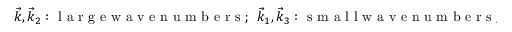
\vec { k } , \vec { k } _ { 2 } : \mathrm { ~ l ~ a ~ r ~ g ~ e ~ w ~ a ~ v ~ e ~ n ~ u ~ m ~ b ~ e ~ r ~ s ~ } ; \ \ \vec { k } _ { 1 } , \vec { k } _ { 3 } : \mathrm { ~ s ~ m ~ a ~ l ~ l ~ w ~ a ~ v ~ e ~ n ~ u ~ m ~ b ~ e ~ r ~ s ~ } , \ \